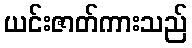
ယင်းဇာတ်ကားသည်